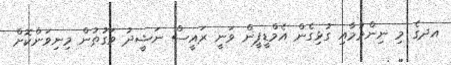
އދގެ މި ނިންމުމާއި ގުޅިގެން އެމްޑީޕީން ވަނީ ރައީސް ނަޝީދު ވަގުތުން މިނިވަންކޮށް